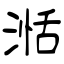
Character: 湉